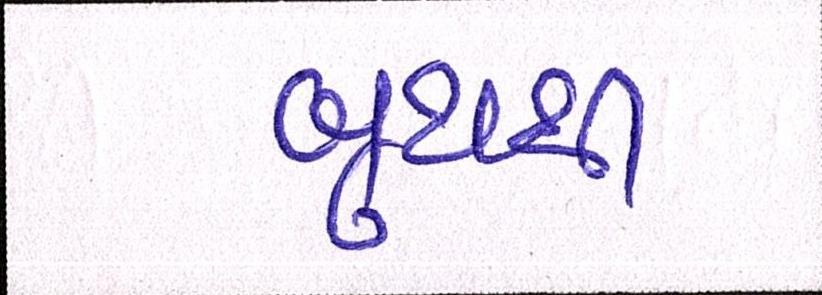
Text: બુથથી